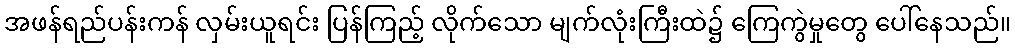
အဖန်ရည်ပန်းကန် လှမ်းယူရင်း ပြန်ကြည့် လိုက်သော မျက်လုံးကြီးထဲ၌ ကြေကွဲမှုတွေ ပေါ်နေသည်။